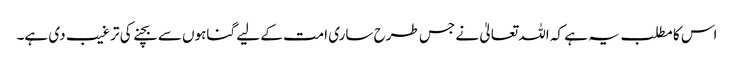
اس کا مطلب یہ ہے کہ اللہ تعالیٰ نے جس طرح ساری امت کے لیے گناہوں سے بچنے کی ترغیب دی ہے۔